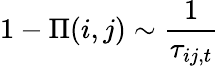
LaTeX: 1-\Pi(i,j)\sim\frac{1}{\tau_{ij,t}}